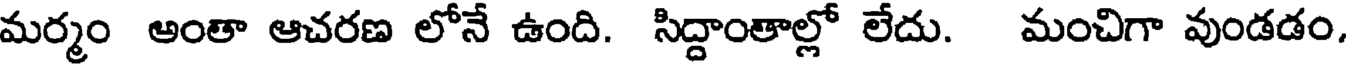
మర్మం అంతా ఆచరణ లోనే ఉంది. సిద్దాంతాల్లో లేదు. మంచిగా వుండడం.